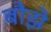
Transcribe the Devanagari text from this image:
बौझे